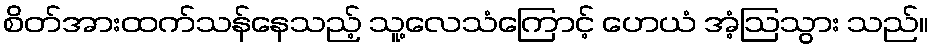
စိတ်အားထက်သန်နေသည့် သူ့လေသံကြောင့် ဟေယံ အံ့ဩသွား သည်။